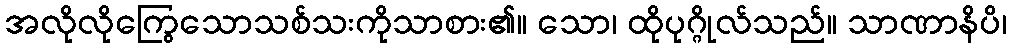
အလိုလိုကြွေသောသစ်သးကိုသာစား၏။ သော၊ ထိုပုဂ္ဂိုလ်သည်။ သာဏာနိပိ၊